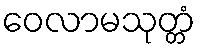
ဝေလာမသုတ္တံ